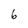
Character: 6